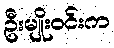
ဦးမျိုးဝင်းက